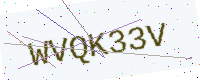
Text: WVQK33V